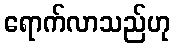
ရောက်လာသည်ဟု